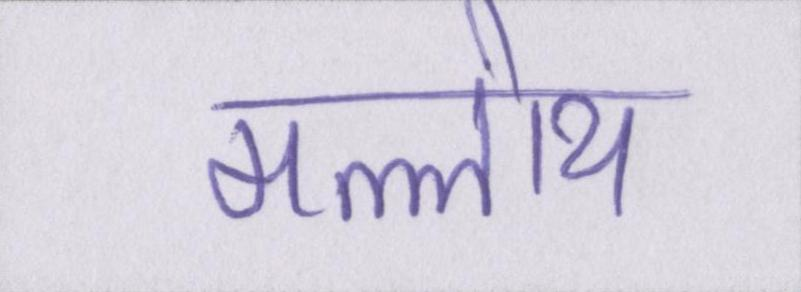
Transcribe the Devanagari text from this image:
मल्लोय